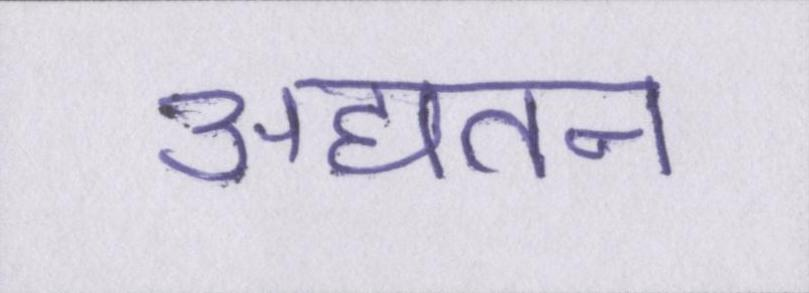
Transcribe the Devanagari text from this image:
अद्यतन